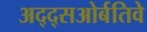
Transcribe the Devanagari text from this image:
अद्द्सओर्बतिवे